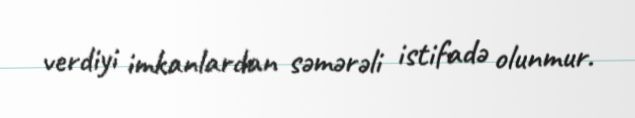
verdiyi imkanlardan səmərəli istifadə olunmur.